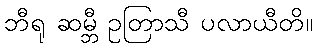
ဘီရု ဆမ္ဘီ ဥတြာသီ ပလာယီတိ။